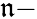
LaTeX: \mathfrak{n}-